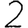
Digit: 2